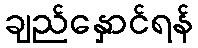
ချည်နှောင်ရန်